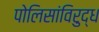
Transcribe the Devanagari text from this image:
पोलिसांविरुद्ध